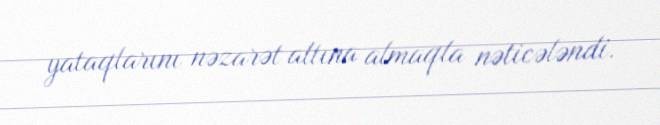
yataqlarını nəzarət altına almaqla nəticələndi.